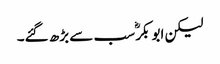
لیکن ابو بکرؓ سب سے بڑھ گئے۔